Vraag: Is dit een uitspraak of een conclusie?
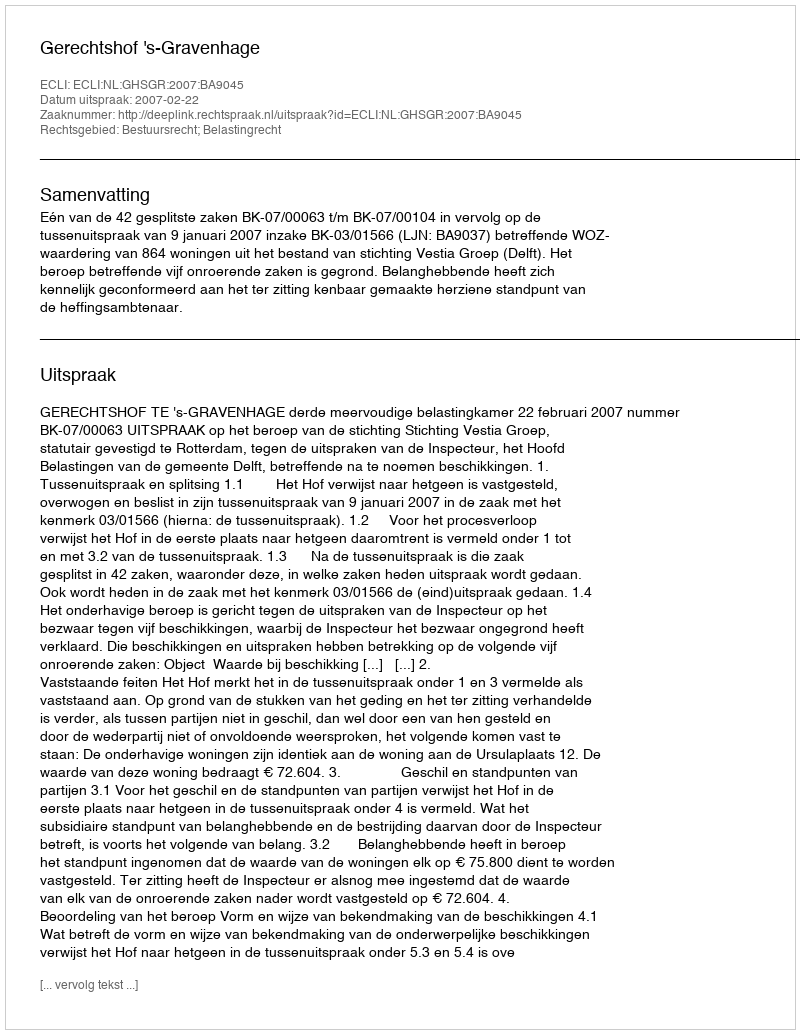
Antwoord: Uitspraak